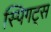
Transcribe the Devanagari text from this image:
स्पिगट्स